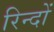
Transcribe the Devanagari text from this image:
रिन्दों